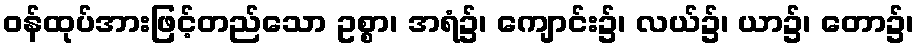
ဝန်ထုပ်အားဖြင့်တည်သော ဥစ္စာ၊ အရံ၌၊ ကျောင်း၌၊ လယ်၌၊ ယာ၌၊ တော၌၊